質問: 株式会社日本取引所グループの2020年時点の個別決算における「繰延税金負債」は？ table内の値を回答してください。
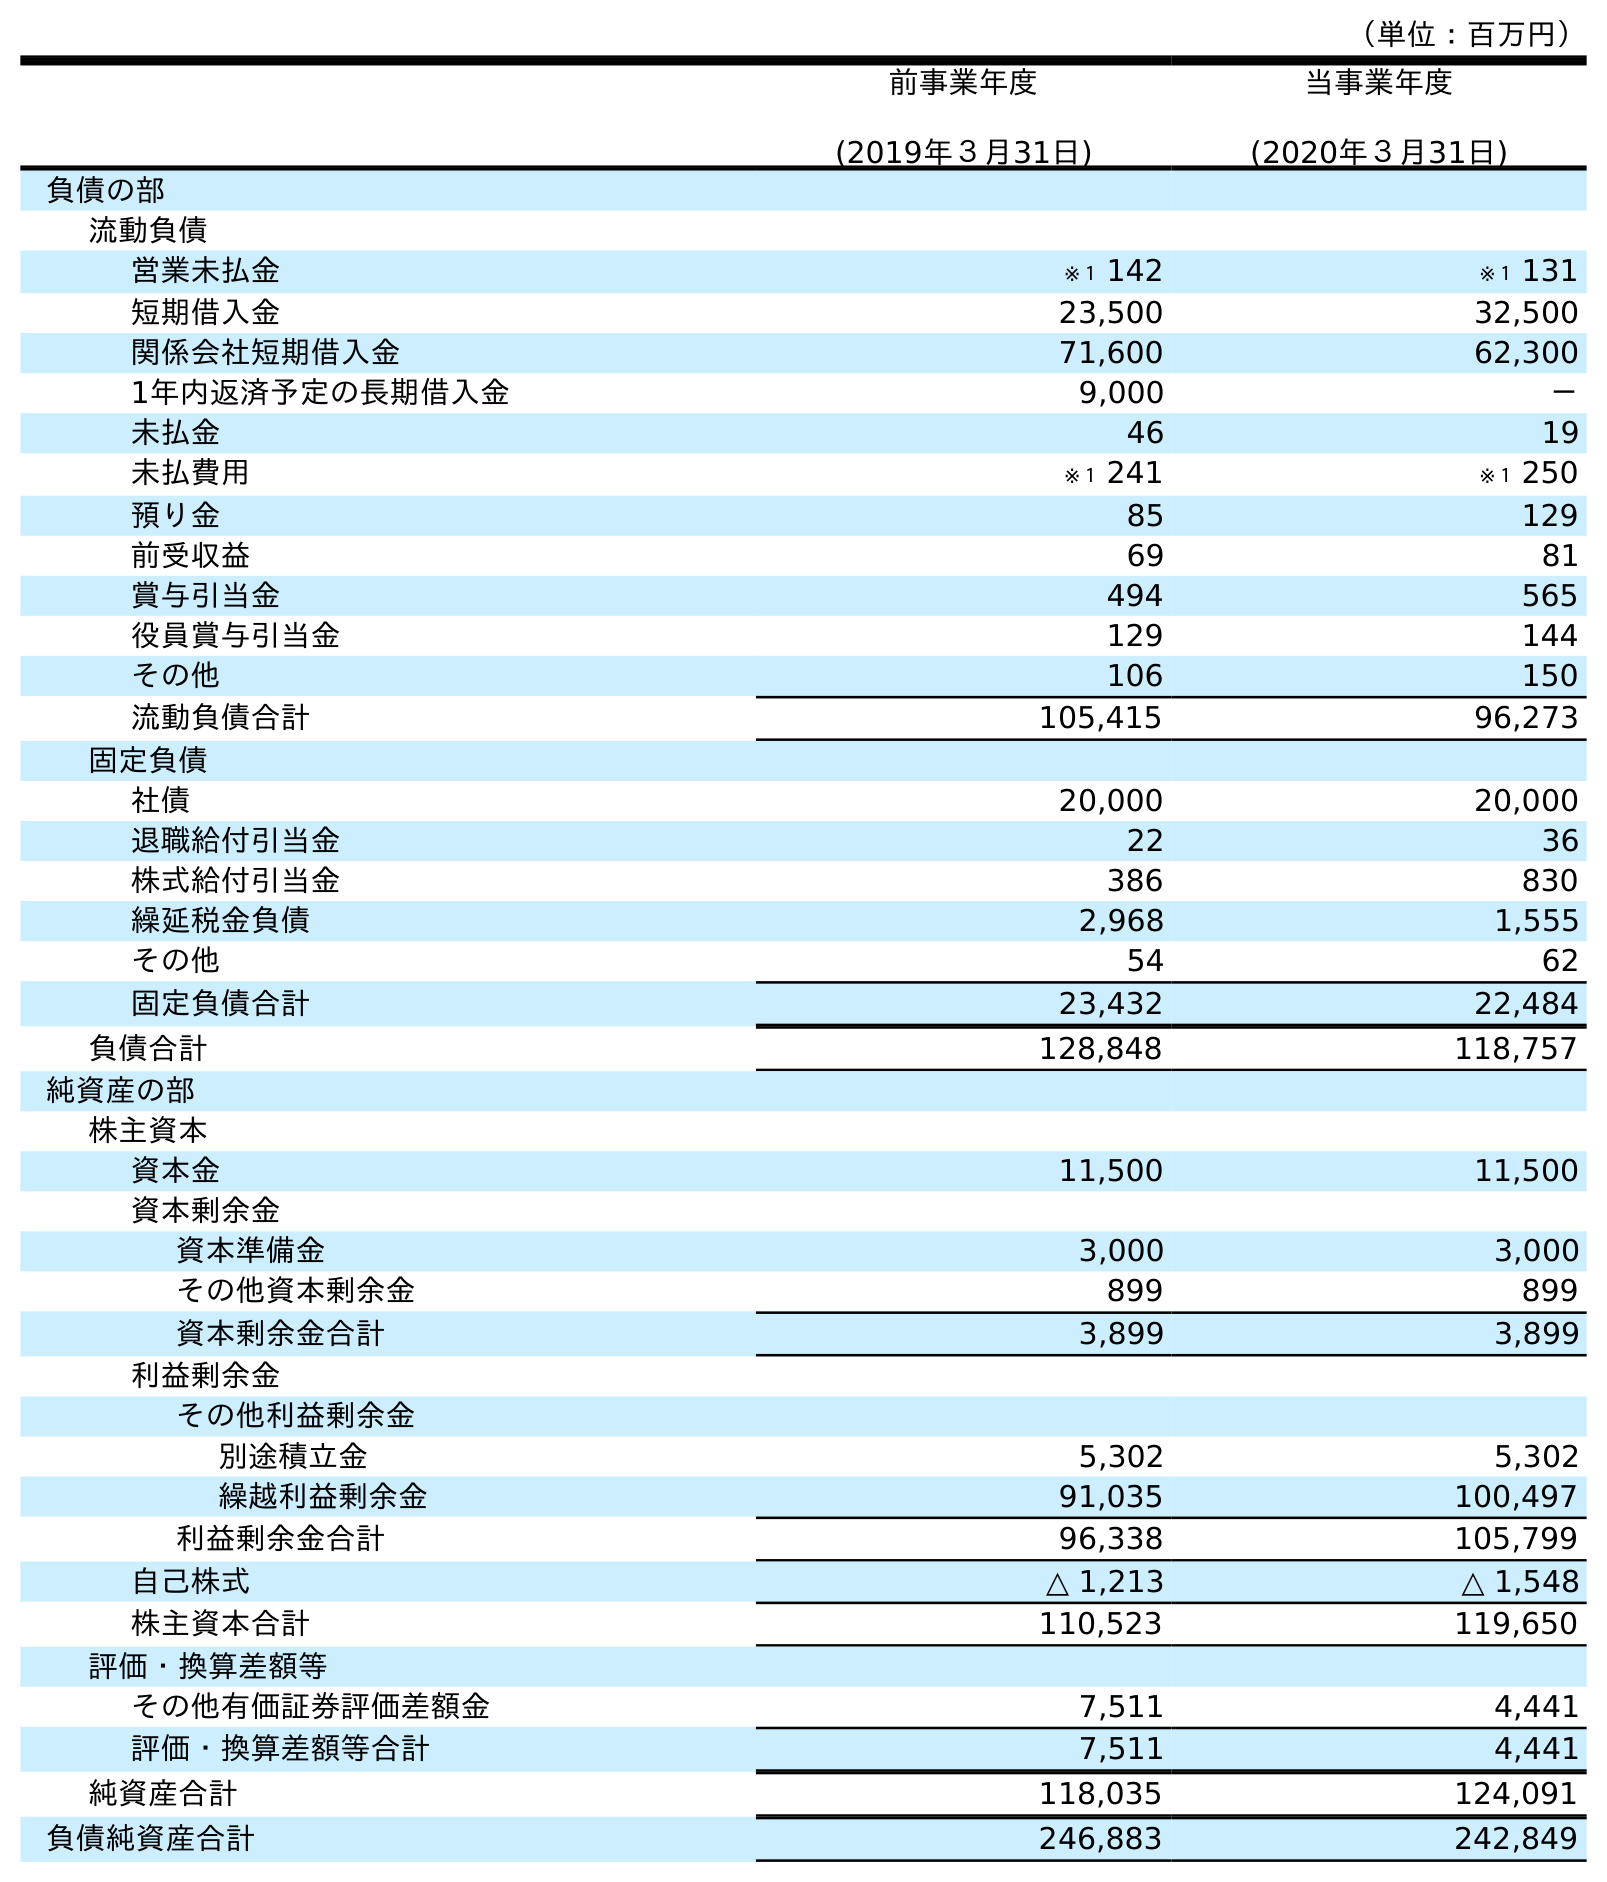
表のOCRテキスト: （単位：百万円） 前事業年度 (2019年３月31日) 当事業年度 (2020年３月31日) 負債の部 流動負債 営業未払金 ※１ 142 ※１ 131 短期借入金 23,500 32,500 関係会社短期借入金 71,600 62,300 1年内返済予定の長期借入金 9,000 － 未払金 46 19 未払費用 ※１ 241 ※１ 250 預り金 85 129 前受収益 69 81 賞与引当金 494 565 役員賞与引当金 129 144 その他 106 150 流動負債合計 105,415 96,273 固定負債 社債 20,000 20,000 退職給付引当金 22 36 株式給付引当金 386 830 繰延税金負債 2,968 1,555 その他 54 62 固定負債合計 23,432 22,484 負債合計 128,848 118,757 純資産の部 株主資本 資本金 11,500 11,500 資本剰余金 資本準備金 3,000 3,000 その他資本剰余金 899 899 資本剰余金合計 3,899 3,899 利益剰余金 その他利益剰余金 別途積立金 5,302 5,302 繰越利益剰余金 91,035 100,497 利益剰余金合計 96,338 105,799 自己株式 △ 1,213 △ 1,548 株主資本合計 110,523 119,650 評価・換算差額等 その他有価証券評価差額金 7,511 4,441 評価・換算差額等合計 7,511 4,441 純資産合計 118,035 124,091 負債純資産合計 246,883 242,849
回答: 1,555